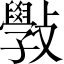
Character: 斅